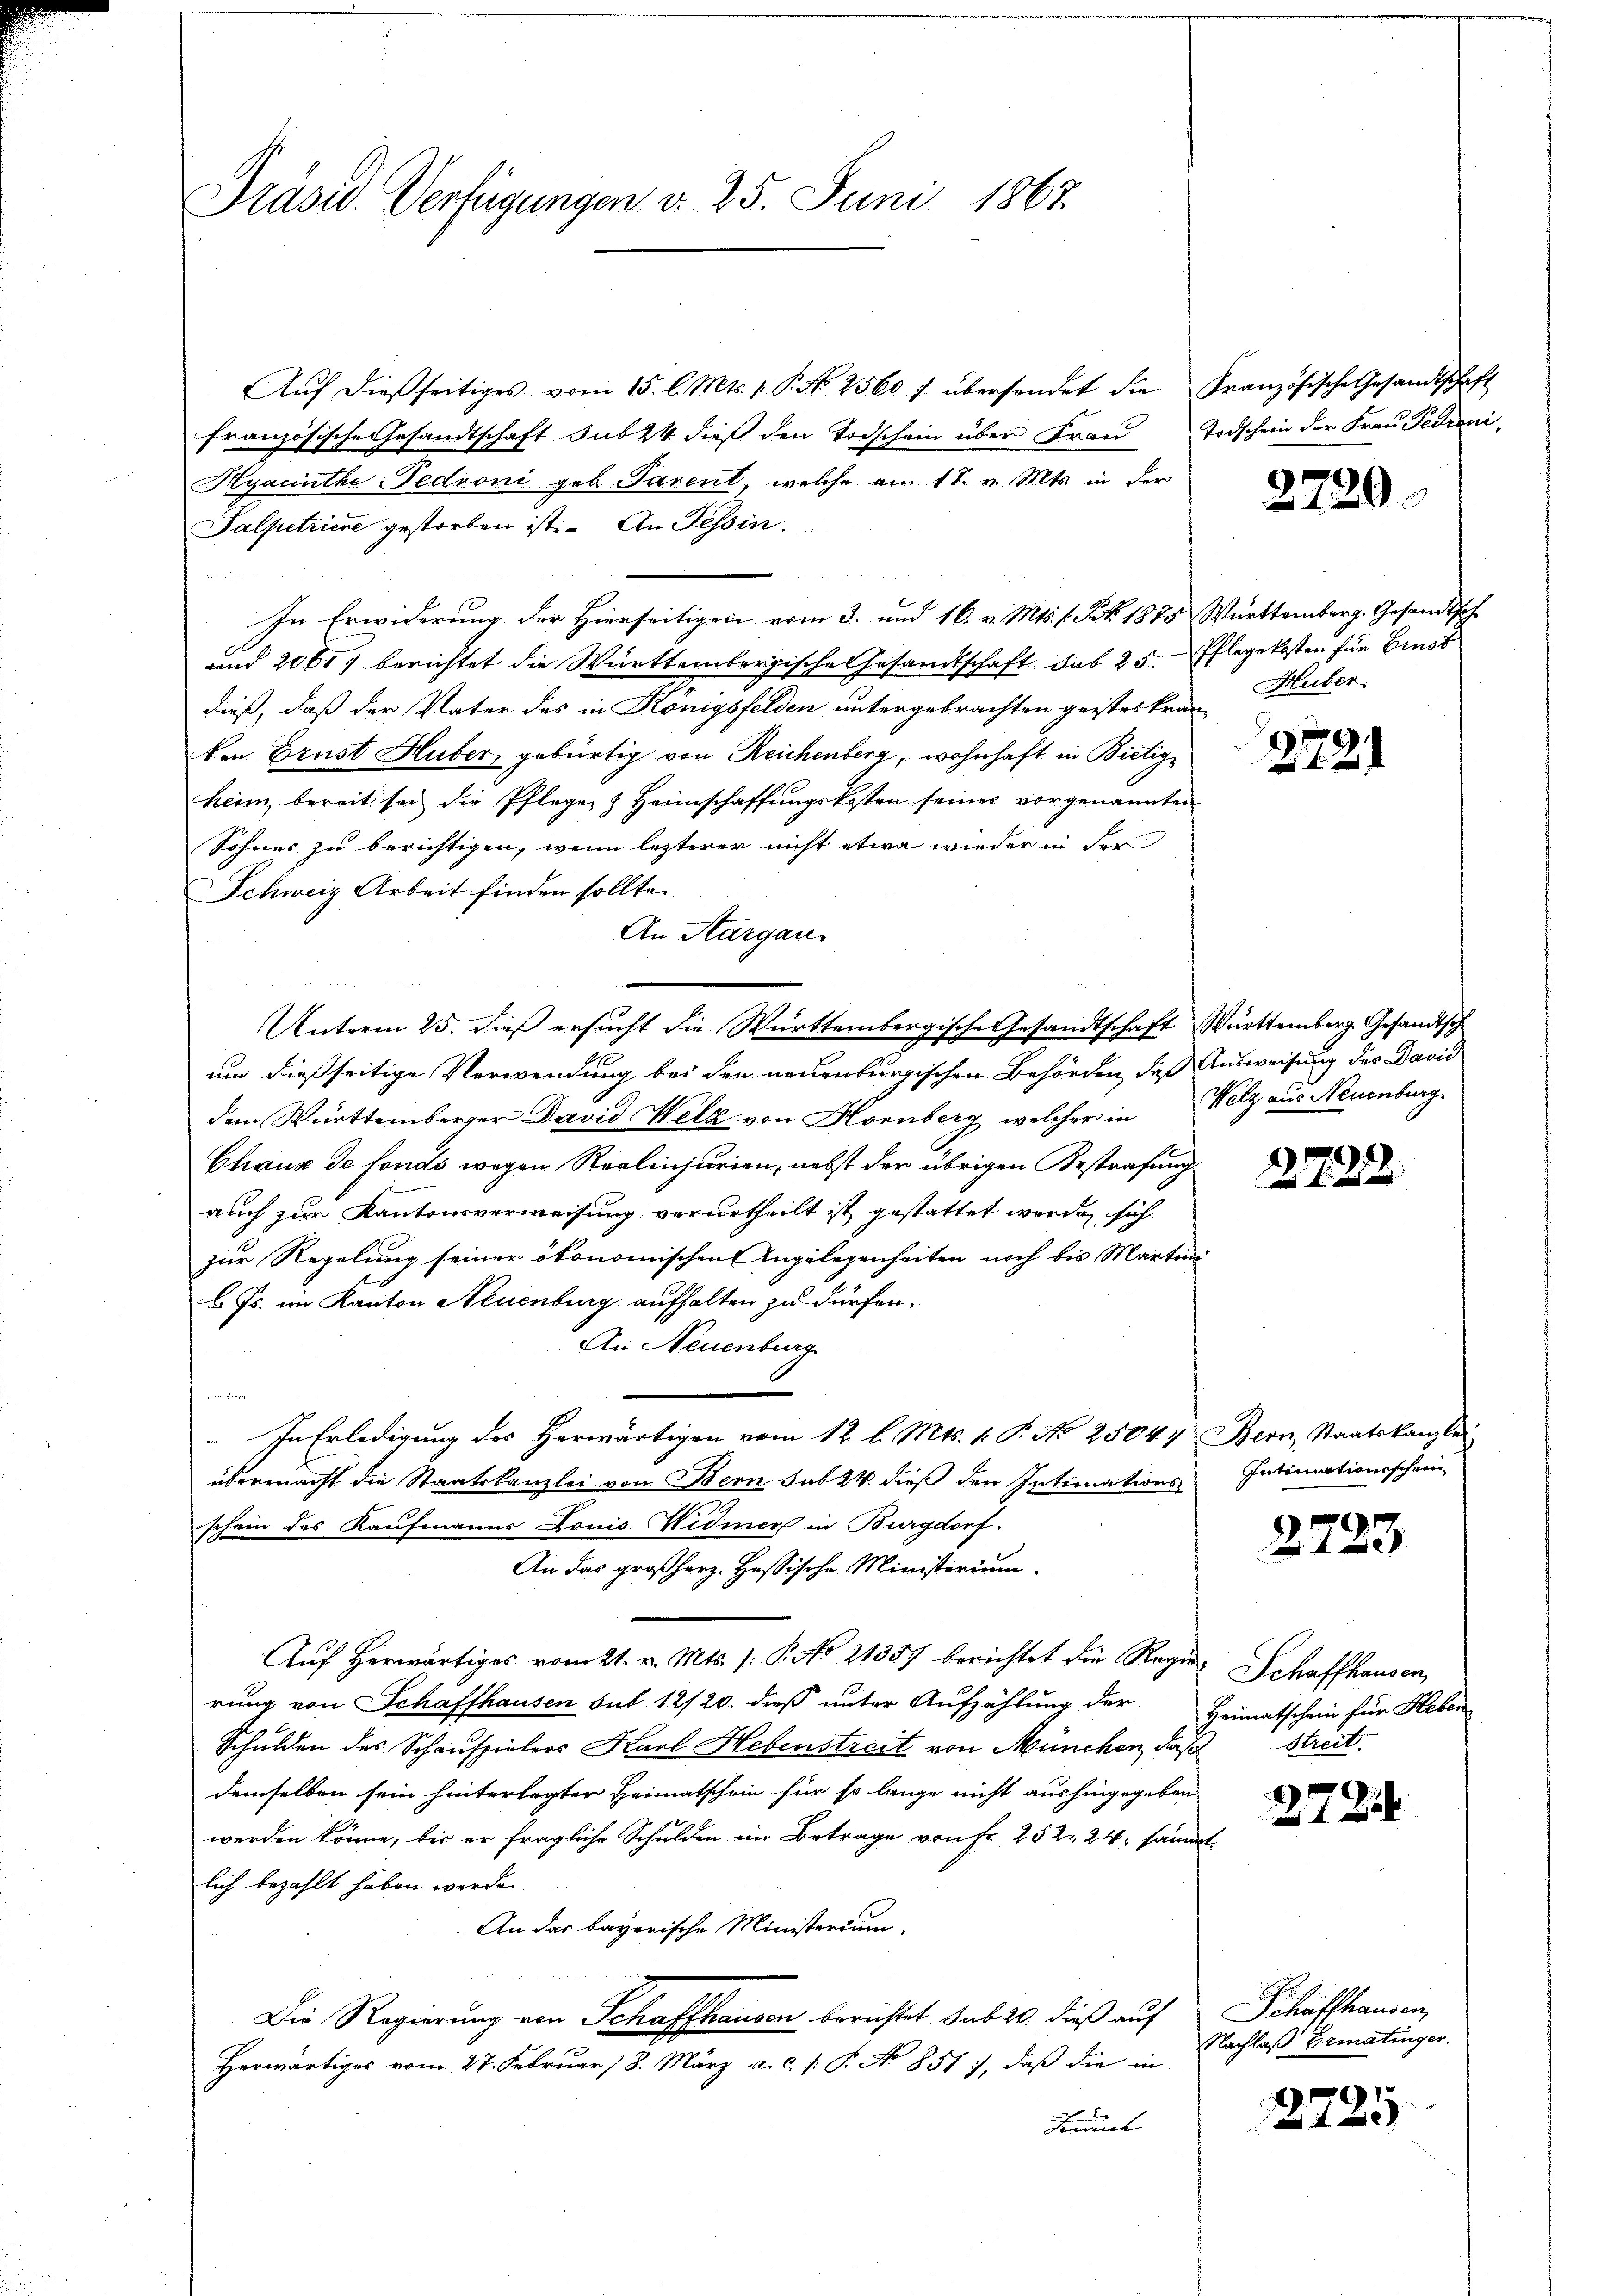
Präsid. Verfügungen v. 25. Juni 1867

Aŭf dießseitiges vom 15. l. Mts. v. P. No 2560 f übersendet die Französische Gesandtschaft
französische Gesandtschaft sub 24 dieß den Todschein über Frau
Hyacinthe Pedioni geb. Parent, welche am 17. v. Mts. in der
Salpetriere gestorben ist. An Tessin.

In Erwiderung der Hierseitigen vom 3. und 16. v. Mts. 1. Frk. 1875 Württemberg. Gesandtsche
und 2061, berichtet die Württembergische Gesandtschaft sub 25. Pflegekosten für Ernst
dieß, daß der Vater des in Königsfelden untergebrachten geistes kranken Brust Huber, gebürtig von Reichenberg, wohnhaft in Bietigheim bereit sei die Pfleger & Heimschaffungskosten seines vorgenannten
Sohnes zu berichtigen, wenn lezterer nicht etwa wieder in der
Schweiz Arbeit finden sollte.
An Aargau
Unterm 25. dieß ersucht die Württembergische Gesandtschaft Württemberg. Gesandtsch
um dießseitige Verwendung bei den neuenburgischen Behörden, daß Ausweisung des David
dem Württemberger David Wetz von Hornberg, welcher in Pelz aus Neuenburg
Chaux de fonds wegen Realinjurien, nebst der übrigen Bestrafung
auch zur Kantonsverweisung verurtheilt ist gestattet werde, sich
zur Regelung seiner ökonomischen Angelegenheiten noch bis Martini
b. Js. im Kanton Neuenburg aufhalten zu dürfen.
An Neuenburg
In Erledigung des Herwärtigen vom 12. l. Mts. 1. P. No 25047 Bern, Staatskanzlei
übermacht die Staatskanzlei von Bern sub 24 dieß den Intimationsschein des Kaufmanns Gonio Widmer in Burgdorf.
An das großherz. Hessische Ministerium.
Auf herwärtiges vom 21. v. Mts. /: P. No. 21357 berichtet die Regen Schaffhausen,
rung von Schaffhausen sub 12/20. dieß unter Aufzählung der Heimatschein für Heben
Schulden des Schauspielers Karl Hebenstreit von München, daß Streit.
demselben sein hinterlegter Heimatschein für so lange nicht aushingegeben
werden könne, bis er fragliche Schulden im Betrage von Fr. 252. 24. sämmtlich bezahlt haben werde.
An das bayerische Ministerium.
Die Regierung von Schaffhausen berichtet sub 20. dieß auf Schaffhausen,
Herwärtiges vom 27. Februar 18. März a. c. [: P. No 851), daß die in
Bunde

Todschein der Frau Pedroni,

2720.

Huber.

2721

2720.

Intimationischein

2723

272

Nachlaß Ermatinger.

2725.